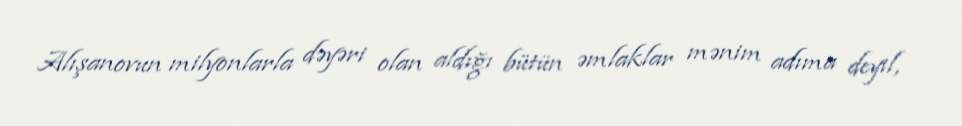
Alışanovun milyonlarla dəyəri olan aldığı bütün əmlaklar mənim adıma deyil,